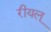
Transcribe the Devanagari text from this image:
रीयल्